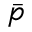
\bar { p }